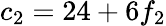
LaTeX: c_{2}=24+6f_{2}